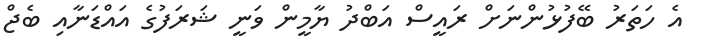
އެ ހަތަރު ބޭފުޅުންނަށް ރައީސް އަބްދު ޔާމީން ވަނީ ޝަރަފުގެ އައްޑަނާއި ބެޖް